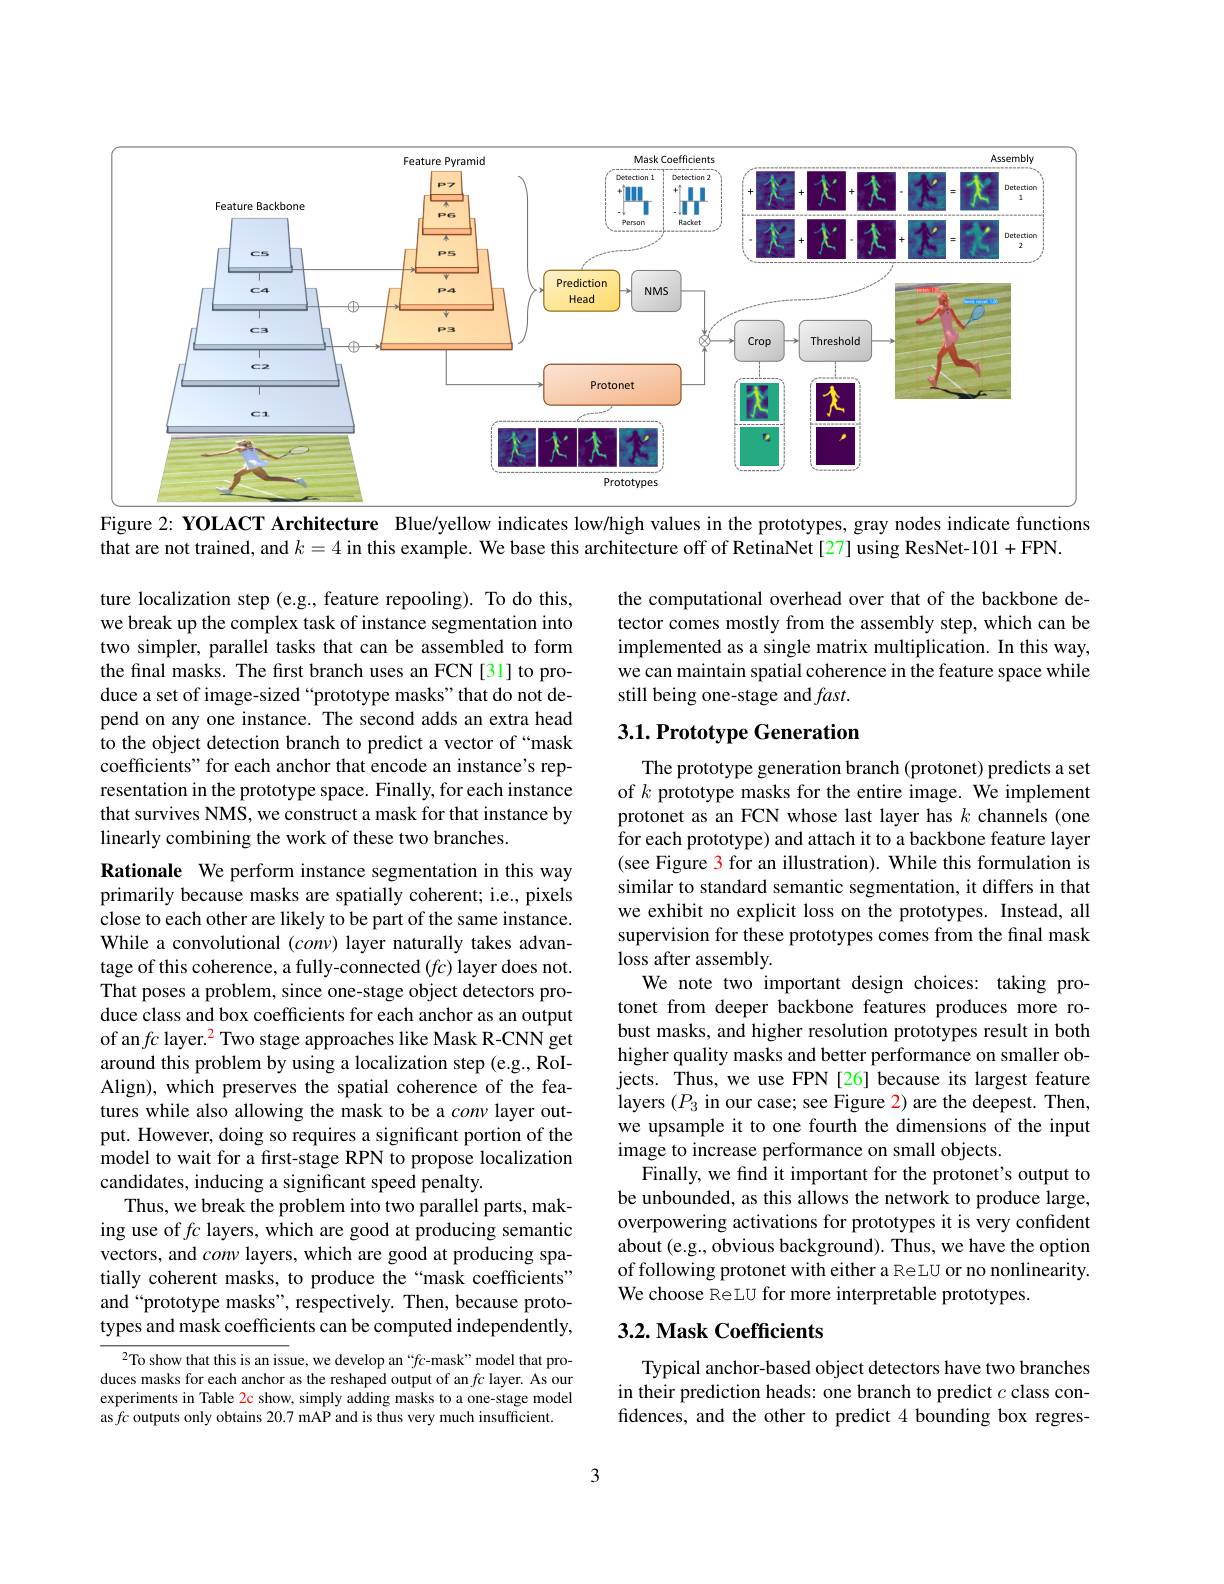
<FigureHere>
Figure 2: YOLACT Architecture Blue/yellow indicates low/high values in the prototypes, gray nodes indicate functions

that are not trained, and $k=4$ in this example. We base this architecture off of RetinaNet[27] using ResNet-101+FPN.

the computational overhead over that of the backbone detector comes mostly from the assembly step, which can be implemented as a single matrix multiplication. In this way, we can maintain spatial coherence in the feature space while still being one-stage and $fast.$

ture localization step (e.g., feature repooling). To do this, we break up the complex task of instance segmentation into two simpler, parallel tasks that can be assembled to form the final masks. The first branch uses an FCN[31] to produce a set of image-sized“prototype masks”that do not depend on any one instance. The second adds an extra head to the object detection branch to predict a vector of “mask coefficients" for each anchor that encode an instance's representation in the prototype space. Finally, for each instance that survives NMS, we construct a mask for that instance by linearly combining the work of these two branches.

## $3. 1. \textbf{Prototype Generation}$

The prototype generation branch (protonet) predicts a set of $k$ prototype masks for the entire image. We implement protonet as an FCN whose last layer has $k$ channels(one for each prototype) and attach it to a backbone feature layer (see Figure 3 for an illustration). While this formulation is similar to standard semantic segmentation, it differs in that we exhibit no explicit loss on the prototypes. Instead, all supervision for these prototypes comes from the final mask loss after assembly.
We note two important design choices: taking protonet from deeper backbone features produces more robust masks, and higher resolution prototypes result in both higher quality masks and better performance on smaller objects. Thus, we use FPN[26] because its largest feature layers $(P_{3}$ in our case; see Figure 2) are the deepest. Then, we upsample it to one fourth the dimensions of the input image to increase performance on small objects.
Finally, we find it important for the protonet's output to be unbounded, as this allows the network to produce large, overpowering activations for prototypes it is very confident about (e.g., obvious background). Thus, we have the option of following protonet with either a ReLU or no nonlinearity. We choose ReLU for more interpretable prototypes.

Rationale We perform instance segmentation in this way primarily because masks are spatially coherent; i.e., pixels close to each other are likely to be part of the same instance. While a convolutional $(conv)$ layer naturally takes advantage of this coherence, a fully-connected $(fc)$ layer does not. That poses a problem, since one-stage object detectors produce class and box coefficients for each anchor as an output of an $fc\text{ layer.}^{2}$ Two stage approaches like Mask R-CNN get around this problem by using a localization step (e.g., RoIAlign), which preserves the spatial coherence of the features while also allowing the mask to be a conv layer output. However, doing so requires a significant portion of the model to wait for a first-stage RPN to propose localization candidates, inducing a significant speed penalty.
Thus, we break the problem into two parallel parts, making use of $fc$ layers, which are good at producing semantic vectors, and $con\nu$ layers, which are good at producing spatially coherent masks, to produce the“mask coefficients” and“prototype masks”, respectively. Then, because prototypes and mask coefficients can be computed independently,

## 3.2. Mask Coefficients

$^{2}$To show that this is an issue, we develop an“fc-mask”model that produces masks for each anchor as the reshaped output of an $fc$ layer. As our experiments in Table 2c show, simply adding masks to a one-stage model as $fc$ outputs only obtains 20.7 mAP and is thus very much insufficient.

Typical anchor-based object detectors have two branches in their prediction heads: one branch to predict $c$ class confidences, and the other to predict 4 bounding box regres-

3